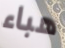
هباء